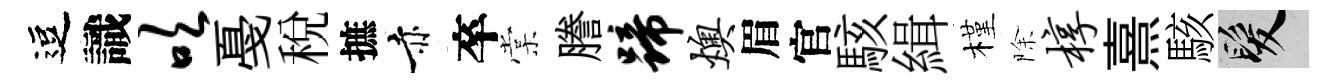
逗識吹戞稅摭赤卒棠謄蹄燠眉官駭緝槿除椁熹駭髮